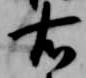
右